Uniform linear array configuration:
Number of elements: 8
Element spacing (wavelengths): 0.75
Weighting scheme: hann
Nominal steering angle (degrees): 45
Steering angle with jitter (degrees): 44.613
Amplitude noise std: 0.05
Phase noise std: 0.05

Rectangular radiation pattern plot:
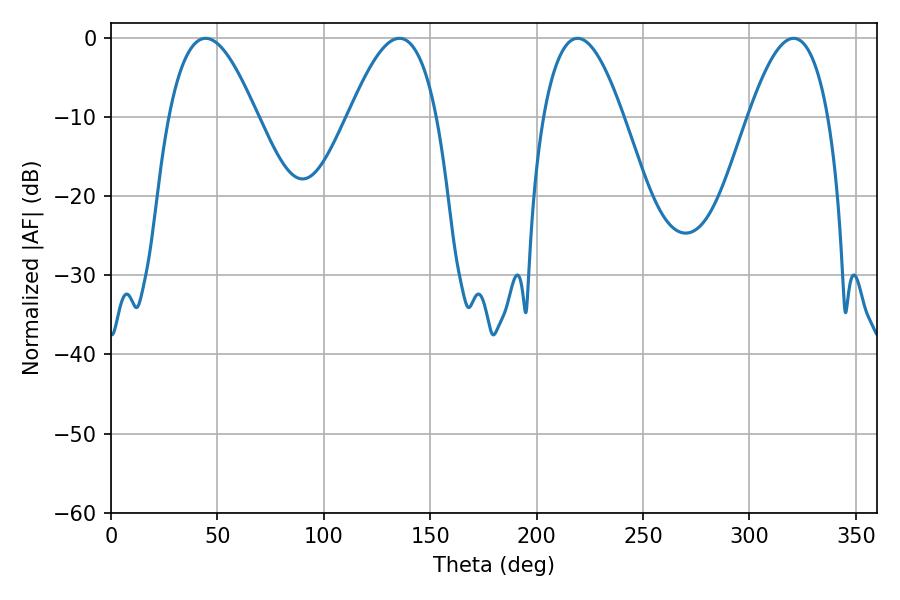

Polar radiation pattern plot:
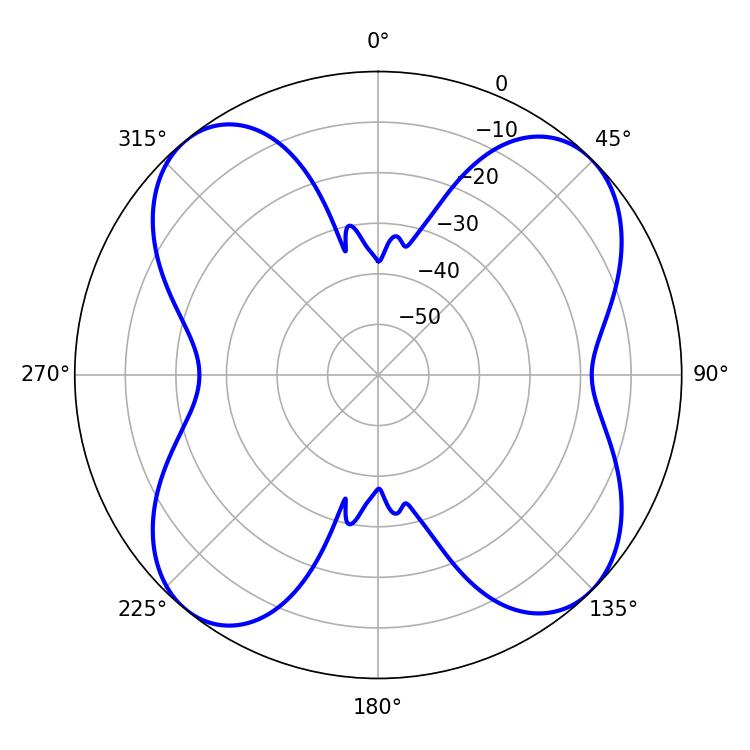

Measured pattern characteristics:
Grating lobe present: TRUE
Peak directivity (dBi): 12.398
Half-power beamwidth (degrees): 22.5
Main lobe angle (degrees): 44.46